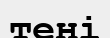
тені